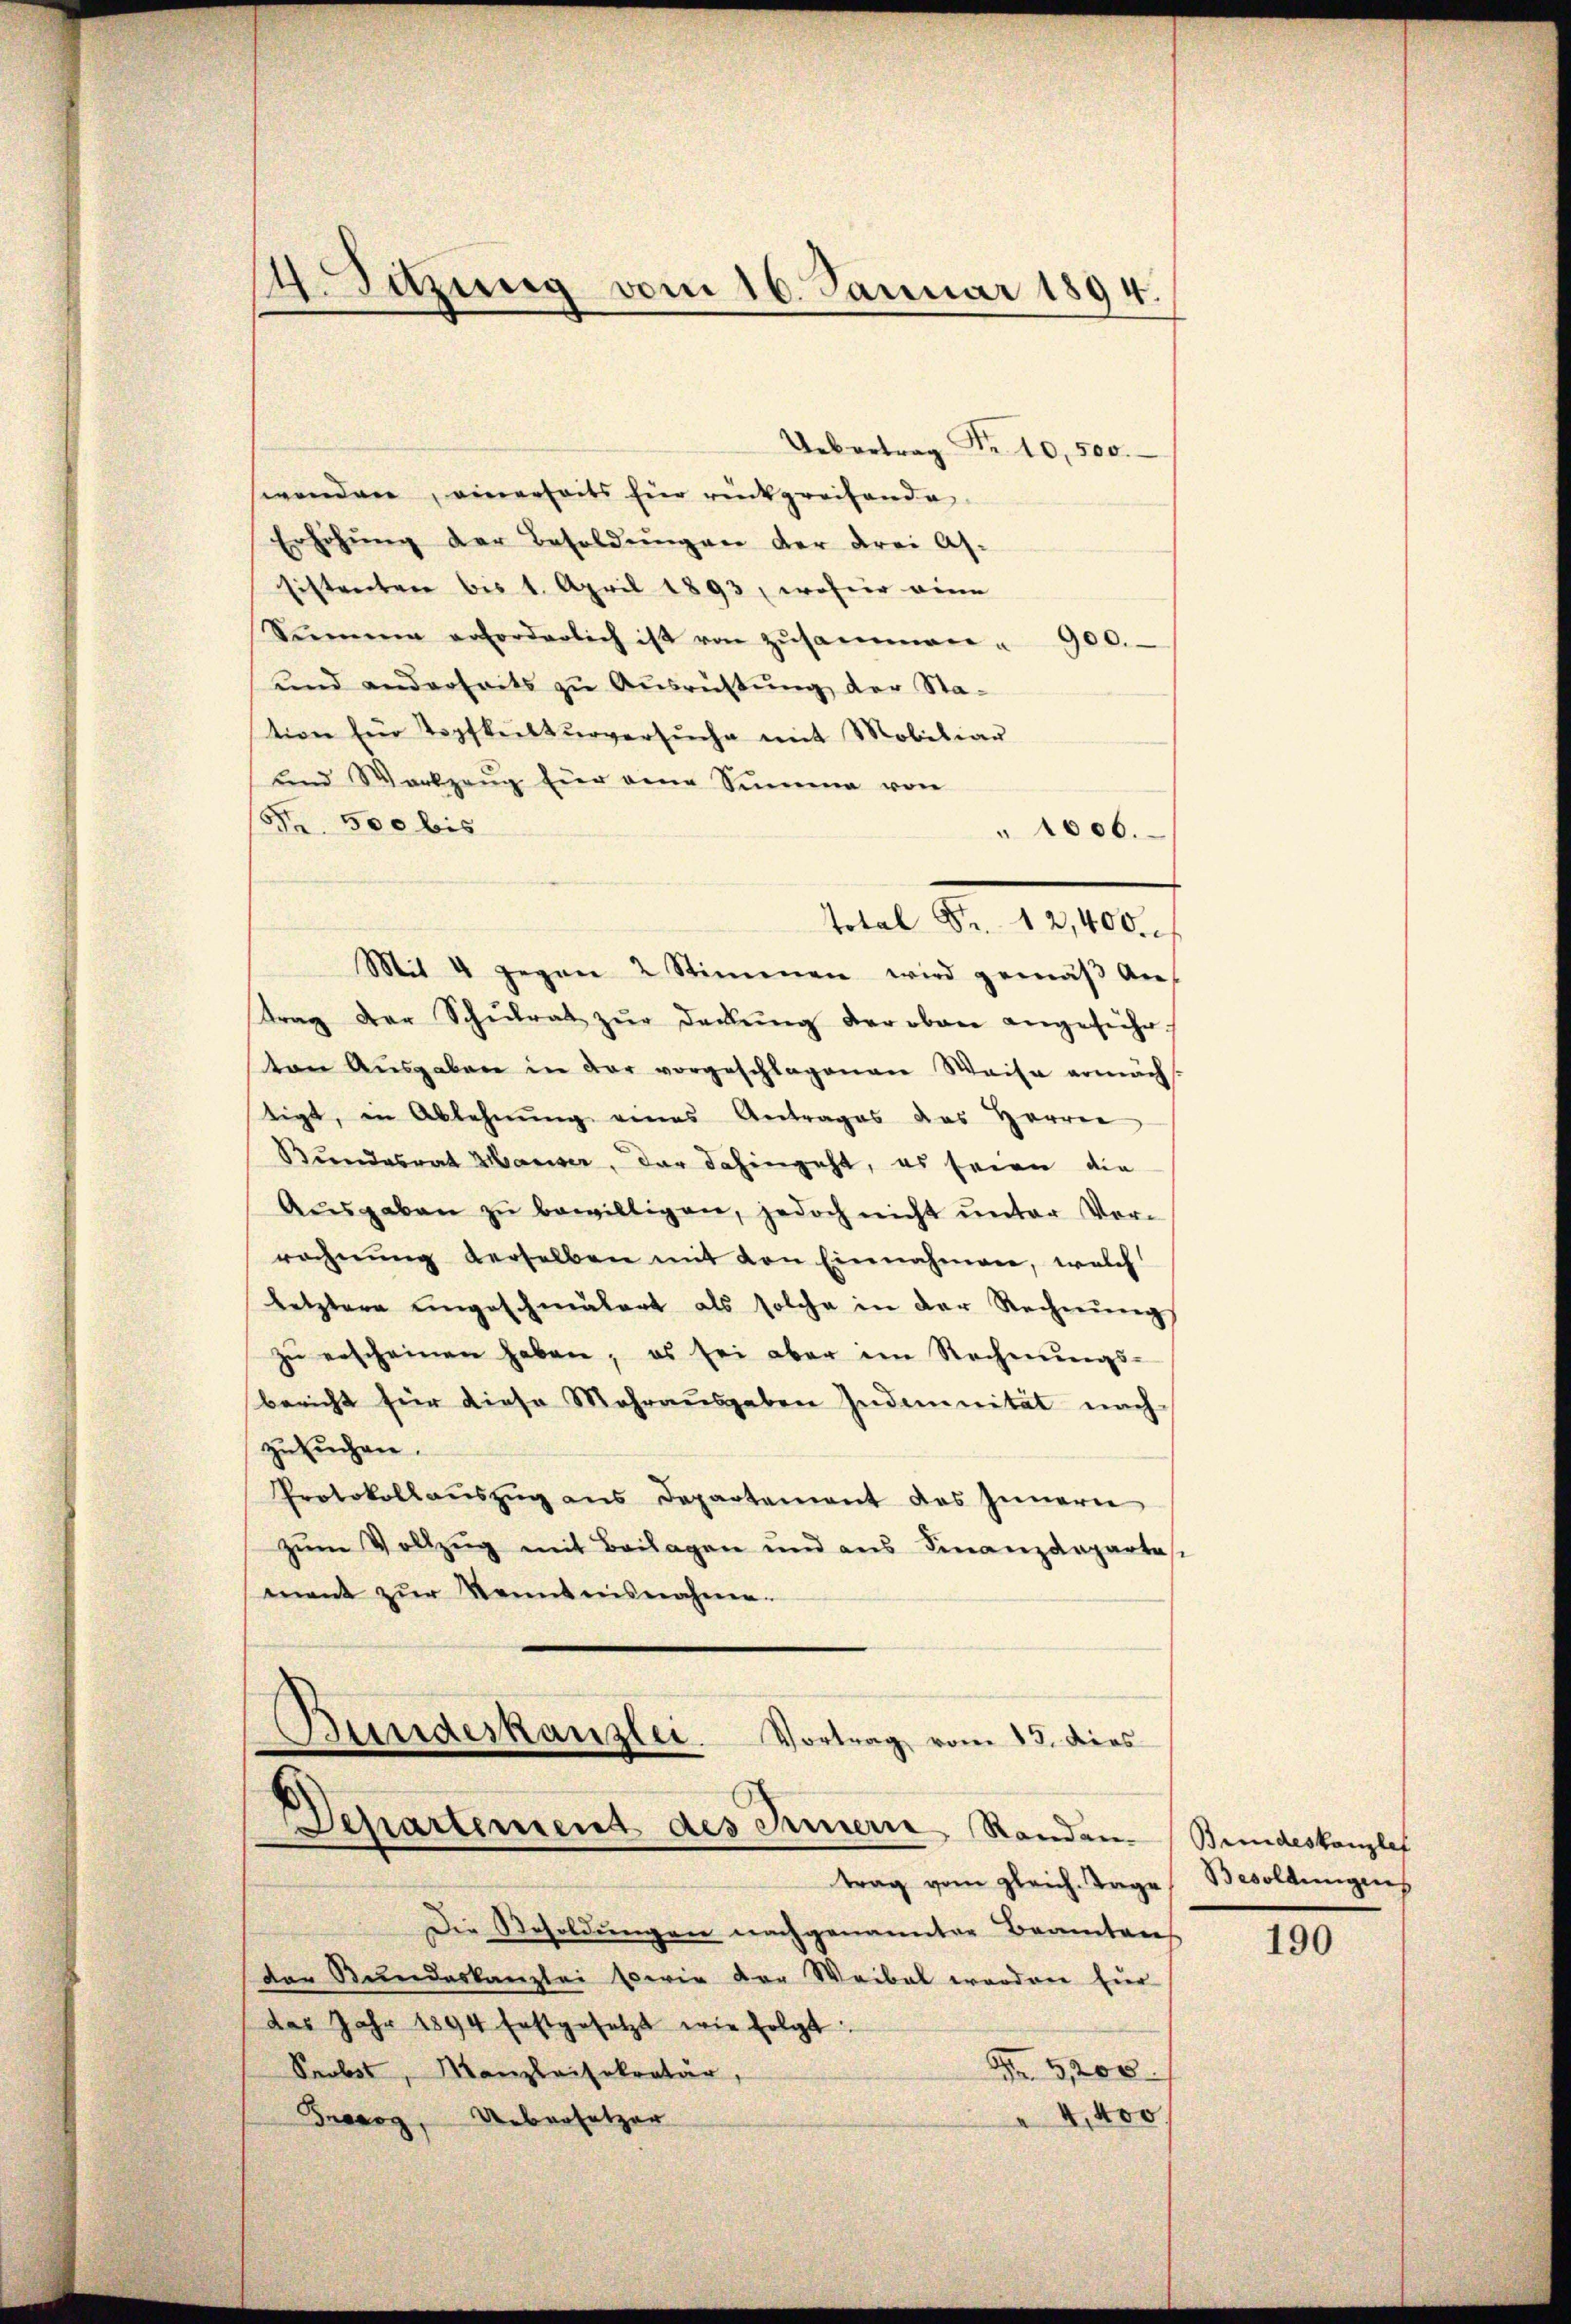
Uebertrag
Nr. 10,500.
wenden, einerseits für rückgreifende
Erhöhung der Besoldungen der drei As-
Eistenten bis 1. April 1893, wofür eine
Sumen erforderlich ist von zŭsammen " 900.
und anderseits zu Ausrüstung der Sta-
tion für Topfkulturversŭche mit Mobiliar
und Werkzeug hier eine Summe von
Fr. 500 bis
1006.
Mit 4 gegen 2 Stimmen wird gemäβ An-
trag der Schŭlrat zŭr deckŭng der oben angeführ
ten Aŭsgaben in der vorgeschlagenen Weise ermäch-
tigt, in Ablehnŭng eines Antrages des Herren
Bundesrat Mariser, der dahingeht, es seien die
Aŭsgaben zŭ bewilligen, jedoch nicht ŭnter Vor-
rechnŭng derselben mit von Einnahmen, welch
letztere engeschmälert als solche in der Rechnŭngs
zŭ erscheinen haben; es sei aber im Rechnŭngs-
bericht für diese Mehrausgaben Indemnität nach
zusuchen.
Protokollauszug aus Departement des Innern
zŭm Vollzug mit Beilagen und ans Finanzdeparte
mant zŭr Kenntnisnahme.

4. Sitzung vom 16. Januar 1894.

Total Fr. 12,400 f

Bundeskanzlei. Vortrag vom 13. dies
Departement des Innern Randen.

trag vom gleich. Tage
Die Resoldŭngen nachgenannter Beamten.
der Stundeskanzlei sowie der Weibel worden hier
das Jahr 1894 festgesetzt wie folgt
5,200
Probst, Kanzleisekretär,
 4,400
Fraerg, Uebersatzer

Brindeskanzler
Besoldungens

190